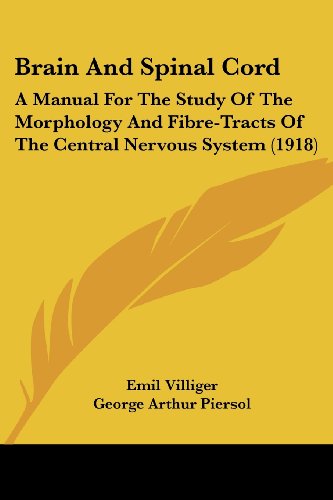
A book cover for Brain And Spinal Cord: A Manual For The Study Of The Morphology And Fibre-Tracts Of The Central Nervous System (1918); Emil Villiger; Health, Fitness & Dieting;